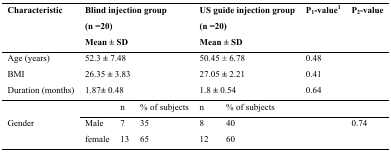
<table><thead><tr><td><b>Characteristic</b></td><td colspan="3"><b>Blind injection group (n =20) Mean ± SD</b></td><td colspan="2"><b>US guide injection group (n =20) Mean ± SD</b></td><td><b>P<sub>1</sub>-value<sup>1</sup></b></td><td><b>P<sub>2</sub>-value</b></td></tr></thead><tbody><tr><td>Age (years)</td><td colspan="3">52.3±7.48</td><td colspan="2">50.45±6.78</td><td>0.48</td><td></td></tr><tr><td>BMI</td><td colspan="3">26.35±3.83</td><td colspan="2">27.05±2.21</td><td>0.41</td><td></td></tr><tr><td>Duration (months)</td><td colspan="3">1.87±0.48</td><td colspan="2">1.8±0.54</td><td>0.64</td><td></td></tr><tr><td rowspan="4">Gender</td><td></td><td>n</td><td>% of subjects</td><td>n</td><td>% of subjects</td><td></td><td></td></tr><tr><td>Male</td><td>7</td><td>35</td><td>8</td><td>40</td><td></td><td>0.74</td></tr><tr><td>female</td><td>13</td><td>65</td><td>12</td><td>60</td><td></td><td></td></tr></tbody></table>